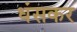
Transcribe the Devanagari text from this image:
धंसकर